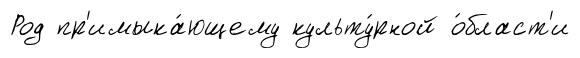
Род пр'имыка́ющему культу́рной о́бласт'и